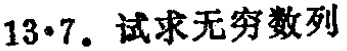
13.7. 试求无穷数列